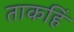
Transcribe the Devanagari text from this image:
ताकहिं